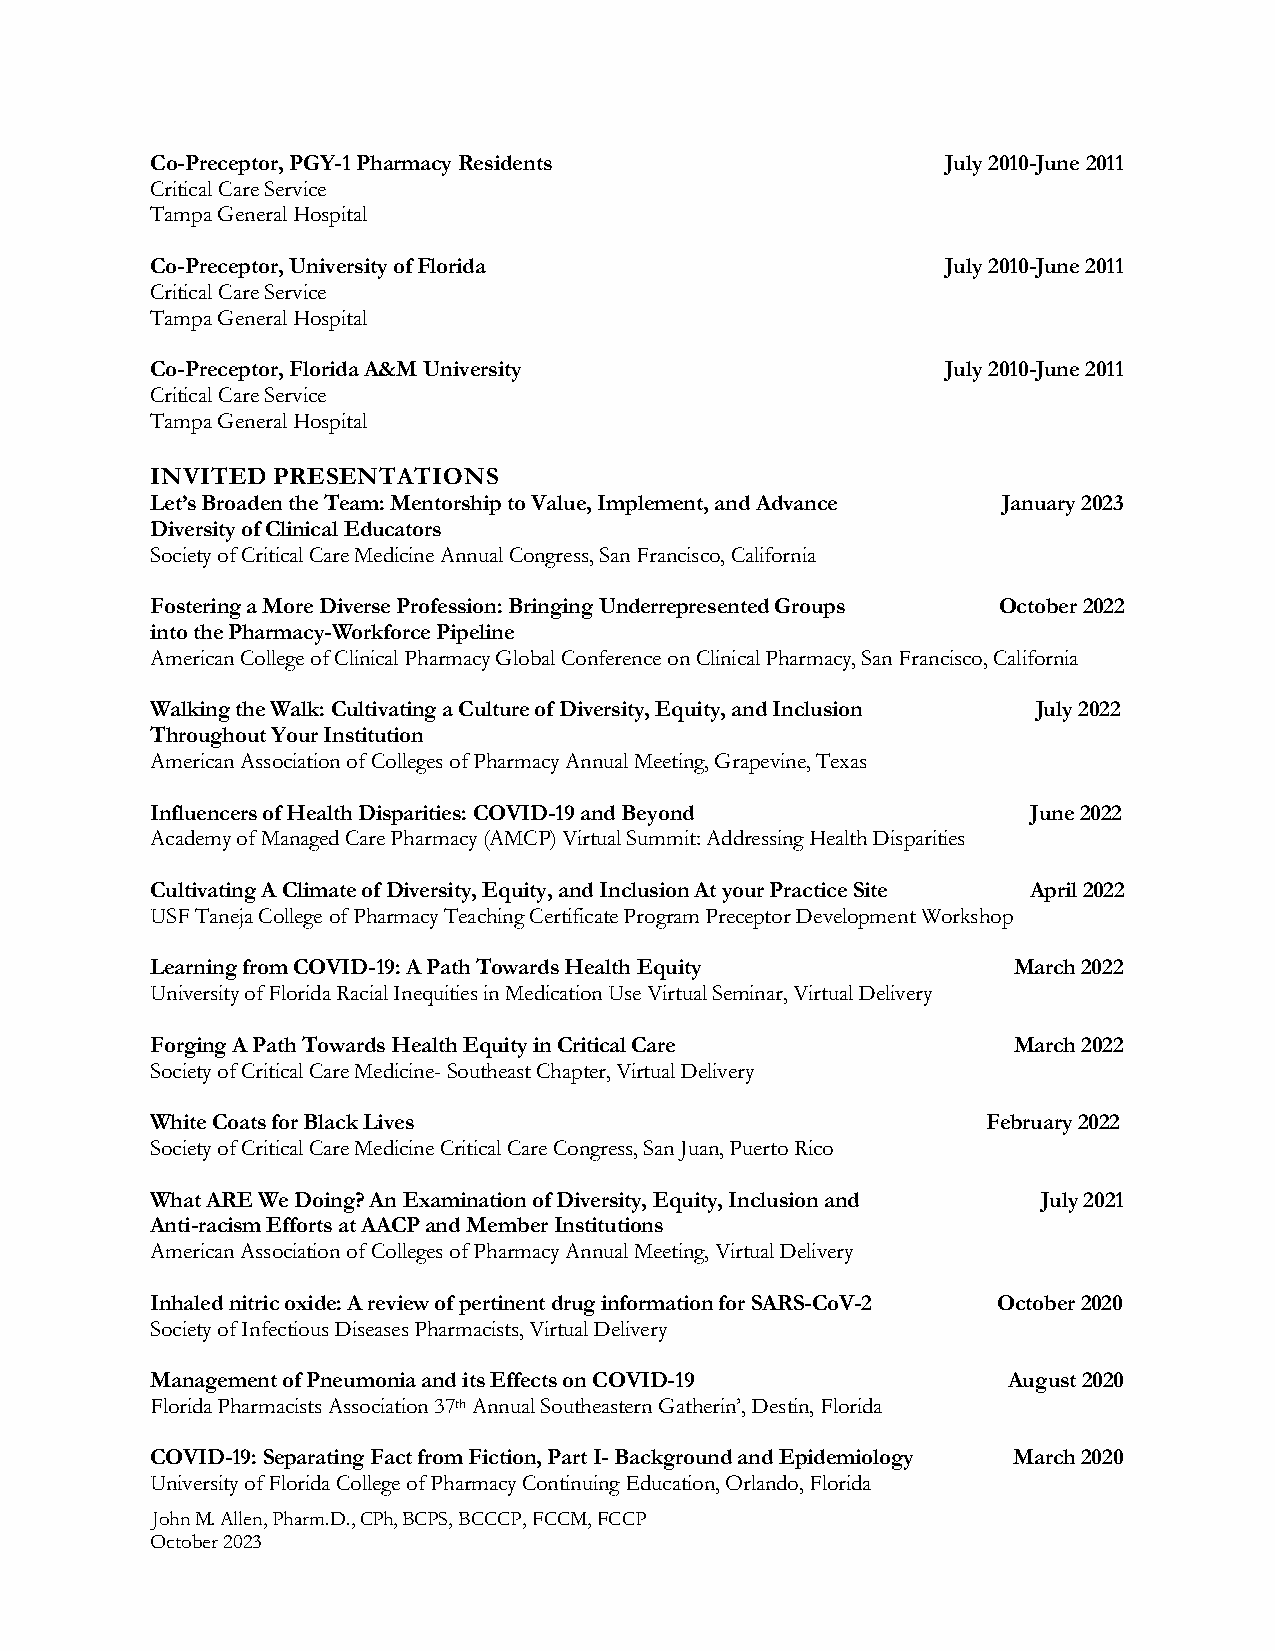
Co-Preceptor, PGY-1 Pharmacy Residents               July 2010-June 2011
 Critical Care Service
 Tampa General Hospital
 Co-Preceptor, University of Florida                  July 2010-June 2011
 Critical Care Service
 Tampa General Hospital
 Co-Preceptor, Florida A&M University                 July 2010-June 2011
 Critical Care Service
 Tampa General Hospital
 INVITED PRESENTATIONS
 Let’s Broaden the Team: Mentorship to Value, Implement, and Advance January 2023
 Diversity of Clinical Educators
 Society of Critical Care Medicine Annual Congress, San Francisco, California
 Fostering a More Diverse Profession: Bringing Underrepresented Groups October 2022
 into the Pharmacy-Workforce Pipeline
 American College of Clinical Pharmacy Global Conference on Clinical Pharmacy, San Francisco, California
 Walking the Walk: Cultivating a Culture of Diversity, Equity, and Inclusion July 2022
 Throughout Your Institution
 American Association of Colleges of Pharmacy Annual Meeting, Grapevine, Texas
 Influencers of Health Disparities: COVID-19 and Beyond    June 2022
 Academy of Managed Care Pharmacy (AMCP) Virtual Summit: Addressing Health Disparities
 Cultivating A Climate of Diversity, Equity, and Inclusion At your Practice Site April 2022
 USF Taneja College of Pharmacy Teaching Certificate Program Preceptor Development Workshop
 Learning from COVID-19: A Path Towards Health Equity     March 2022
 University of Florida Racial Inequities in Medication Use Virtual Seminar, Virtual Delivery
 Forging A Path Towards Health Equity in Critical Care    March 2022
 Society of Critical Care Medicine- Southeast Chapter, Virtual Delivery
 White Coats for Black Lives                            February 2022
 Society of Critical Care Medicine Critical Care Congress, San Juan, Puerto Rico
 What ARE We Doing? An Examination of Diversity, Equity, Inclusion and July 2021
 Anti-racism Efforts at AACP and Member Institutions
 American Association of Colleges of Pharmacy Annual Meeting, Virtual Delivery
 Inhaled nitric oxide: A review of pertinent drug information for SARS-CoV-2 October 2020
 Society of Infectious Diseases Pharmacists, Virtual Delivery
 Management of Pneumonia and its Effects on COVID-19      August 2020
 Florida Pharmacists Association 37th Annual Southeastern Gatherin’, Destin, Florida
 COVID-19: Separating Fact from Fiction, Part I- Background and Epidemiology March 2020
 University of Florida College of Pharmacy Continuing Education, Orlando, Florida
 John M. Allen, Pharm.D., CPh, BCPS, BCCCP, FCCM, FCCP
 October 2023